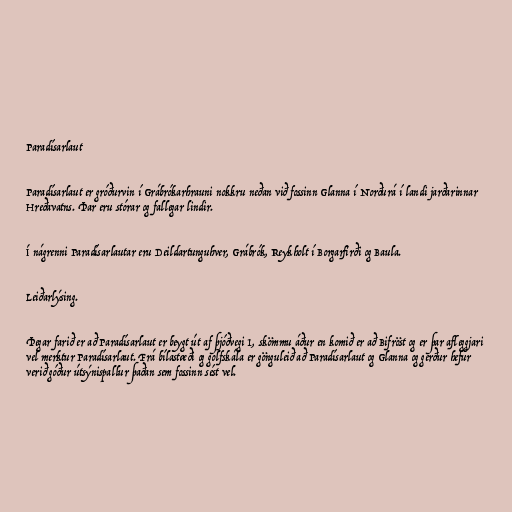
Paradísarlaut

Paradísarlaut er gróðurvin í Grábrókarhrauni nokkru neðan við fossinn Glanna í Norðurá í landi jarðarinnar
Hreðavatns. Þar eru stórar og fallegar lindir.

Í nágrenni Paradísarlautar eru Deildartunguhver, Grábrók, Reykholt í Borgarfirði og Baula.

Leiðarlýsing.

Þegar farið er að Paradísarlaut er beygt út af þjóðvegi 1, skömmu áður en komið er að Bifröst og er þar afleggjari
vel merktur Paradísarlaut. Frá bílastæði og golfskála er gönguleið að Paradísarlaut og Glanna og gerður hefur
verið góður útsýnispallur þaðan sem fossinn sést vel.